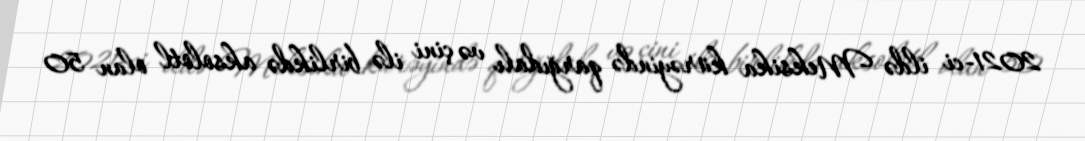
2021-ci ildə Meksika kürəyində qarğıdalı və çini ilə birlikdə aksolotl olan 50